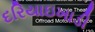
દરિયાઇખાડી